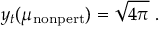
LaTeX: y _ { t } ( \mu _ { \mathrm { n o n p e r t } } ) = \sqrt { 4 \pi } \ .